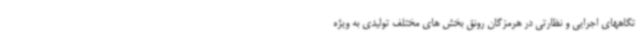
تگاههای اجرایی و نظارتی در هرمزگان رونق بخش های مختلف تولیدی به ویژه